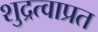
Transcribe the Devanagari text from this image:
शुद्रत्वाप्रत